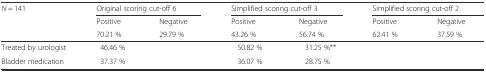
<table><thead><tr><td rowspan="3"><b><i>N</i> = 141</b></td><td colspan="2"><b>Original scoring cut-off 6</b></td><td colspan="2"><b>Simplified scoring cut-off 3</b></td><td colspan="2"><b>Simplified scoring cut-off 2</b></td></tr><tr><td><b>Positive</b></td><td><b>Negative</b></td><td><b>Positive</b></td><td><b>Negative</b></td><td><b>Positive</b></td><td><b>Negative</b></td></tr><tr><td><b>70.21 %</b></td><td><b>29.79 %</b></td><td><b>43.26 %</b></td><td><b>56.74 %</b></td><td><b>62.41 %</b></td><td><b>37.59 %</b></td></tr></thead><tbody><tr><td>Treated by urologist</td><td>46.46 %</td><td>[EMPTY_CELL]</td><td>50.82 %</td><td>31.25 %**</td><td>[EMPTY_CELL]</td><td>[EMPTY_CELL]</td></tr><tr><td>Bladder medication</td><td>37.37 %</td><td>[EMPTY_CELL]</td><td>36.07 %</td><td>28.75 %</td><td>[EMPTY_CELL]</td><td>[EMPTY_CELL]</td></tr></tbody></table>